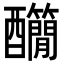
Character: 𨤄